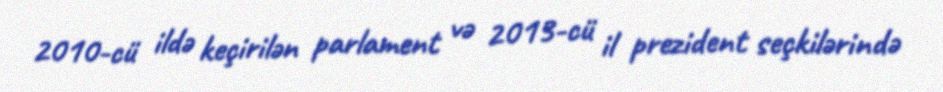
2010-cü ildə keçirilən parlament və 2013-cü il prezident seçkilərində